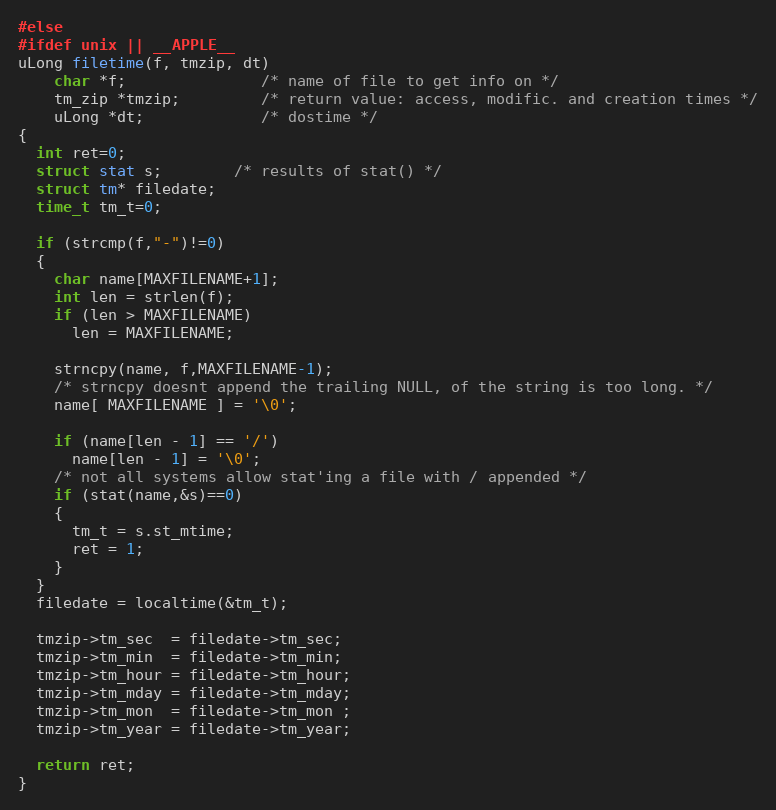
Language: C
#else
#ifdef unix || __APPLE__
uLong filetime(f, tmzip, dt)
    char *f;               /* name of file to get info on */
    tm_zip *tmzip;         /* return value: access, modific. and creation times */
    uLong *dt;             /* dostime */
{
  int ret=0;
  struct stat s;        /* results of stat() */
  struct tm* filedate;
  time_t tm_t=0;

  if (strcmp(f,"-")!=0)
  {
    char name[MAXFILENAME+1];
    int len = strlen(f);
    if (len > MAXFILENAME)
      len = MAXFILENAME;

    strncpy(name, f,MAXFILENAME-1);
    /* strncpy doesnt append the trailing NULL, of the string is too long. */
    name[ MAXFILENAME ] = '\0';

    if (name[len - 1] == '/')
      name[len - 1] = '\0';
    /* not all systems allow stat'ing a file with / appended */
    if (stat(name,&s)==0)
    {
      tm_t = s.st_mtime;
      ret = 1;
    }
  }
  filedate = localtime(&tm_t);

  tmzip->tm_sec  = filedate->tm_sec;
  tmzip->tm_min  = filedate->tm_min;
  tmzip->tm_hour = filedate->tm_hour;
  tmzip->tm_mday = filedate->tm_mday;
  tmzip->tm_mon  = filedate->tm_mon ;
  tmzip->tm_year = filedate->tm_year;

  return ret;
}